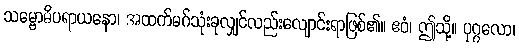
သမ္ဗောဓိပရာယနော၊ အထက်မဂ်သုံးခုလျှင်လည်းလျောင်းရာဖြစ်၏။ ဧဝံ၊ ဤသို့။ ပုဂ္ဂလော၊